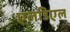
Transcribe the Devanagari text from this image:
एलडिएल